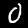
Digit: 0